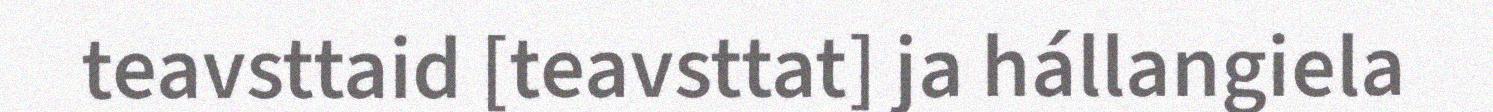
teavsttaid [teavsttat] ja hállangiela